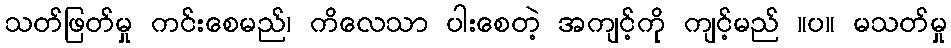
သတ်ဖြတ်မှု ကင်းစေမည်၊ ကိလေသာ ပါးစေတဲ့ အကျင့်ကို ကျင့်မည် ။ပ။ မသတ်မှု